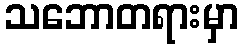
သဘောတရားမှာ